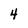
Character: 4